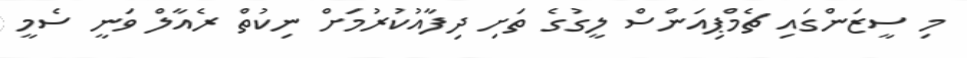
މި ސީޒަންގައި ޗެމްޕިއަންސް ލީގުގެ ތަށި ދިފާއުކުރުމަށް ނިކުތް ރެއާލް ވަނީ ސެމީ